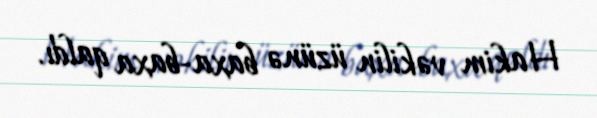
Hakim vəkilin üzünə baxa-baxa qaldı.